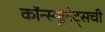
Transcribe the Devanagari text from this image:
कॉन्स्यूलेट्सची